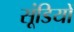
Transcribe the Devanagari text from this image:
सूंडियों